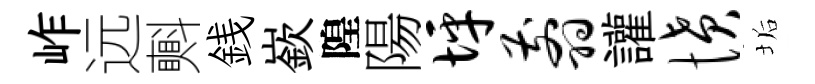
岞远㪺銭嶔隍陽坪翦讙愤垢